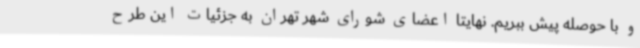
و با حوصله پیش ببریم. نهایتا اعضای شورای شهر تهران به جزئیات این طرح